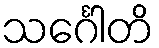
သင်္ဂေါတိ